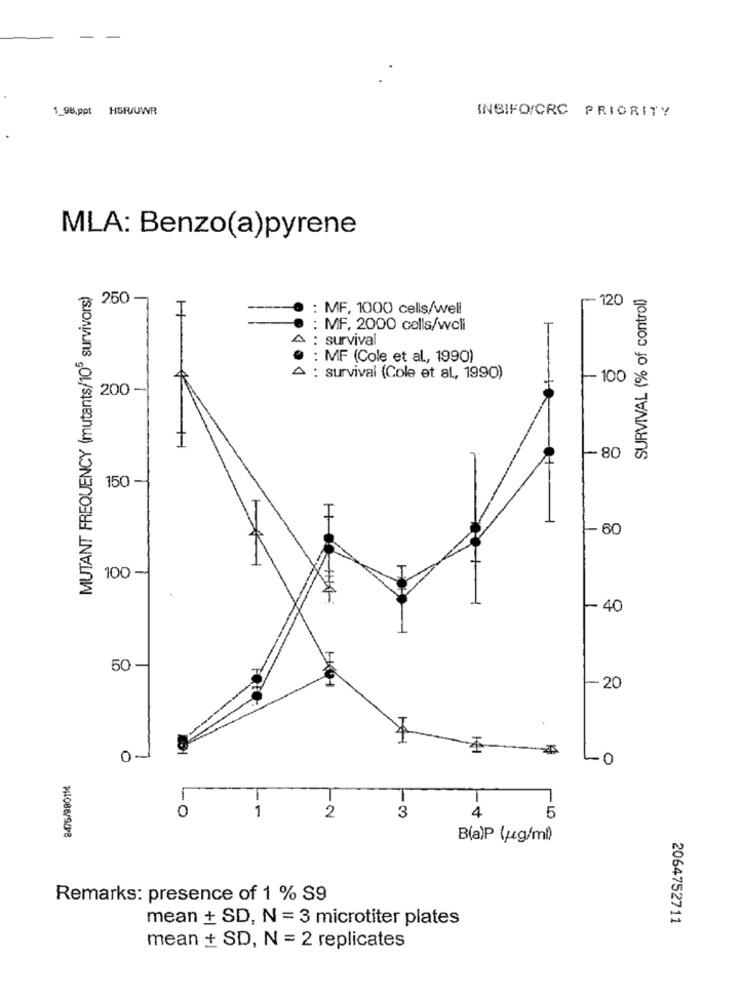
1_98.ppt HSF/UWR
INBIFO/CRC PRIORITY
MLA: Benzo(a)pyrene
MUTANT FREQUENCY (mutants/10" survivors)
SURVIVAL (% of control)
-120
: 250 -
I
: MF, 1000 cells/well
: MF, 2000 cells/wcli
A : survival
: MF (Cole et al, 1990)
A : survival (Cole et al, 1990)
100
200-
T
-80
150 -
H
-60
100-
- 40
50 -
-20
01
LO
8476/980114
0
2
4
3
5
B(a)P (ug/ml)
Remarks: presence of 1 % S9
mean + SD, N = 3 microtiter plates
2064752711
mean + SD, N = 2 replicates